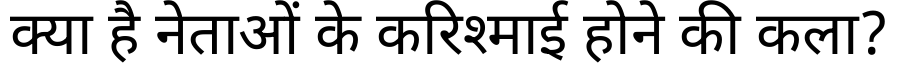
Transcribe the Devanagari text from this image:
क्या है नेताओं के करिश्माई होने की कला?